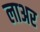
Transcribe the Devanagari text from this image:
लाअर